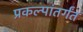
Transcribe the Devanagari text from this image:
प्रकल्पांतर्गंत